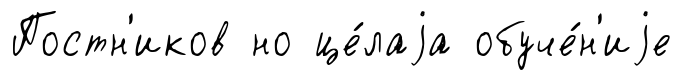
Постн'иков но це́лаjа обуче́н'иjе